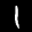
Label: 1